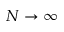
N \to \infty